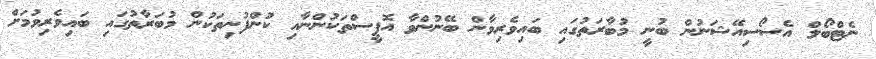
ނެޓްބޯލް އެސޯސިއޭޝަނުން ބުނީ މުބާރަތުގައި ބައިވެރިވާން ބޭނުންވާ އޮފީސްތަކުންނާއި ކުންފުނިތަކުން މުބަރާތުގައި ބައިވެރިވުމަށް